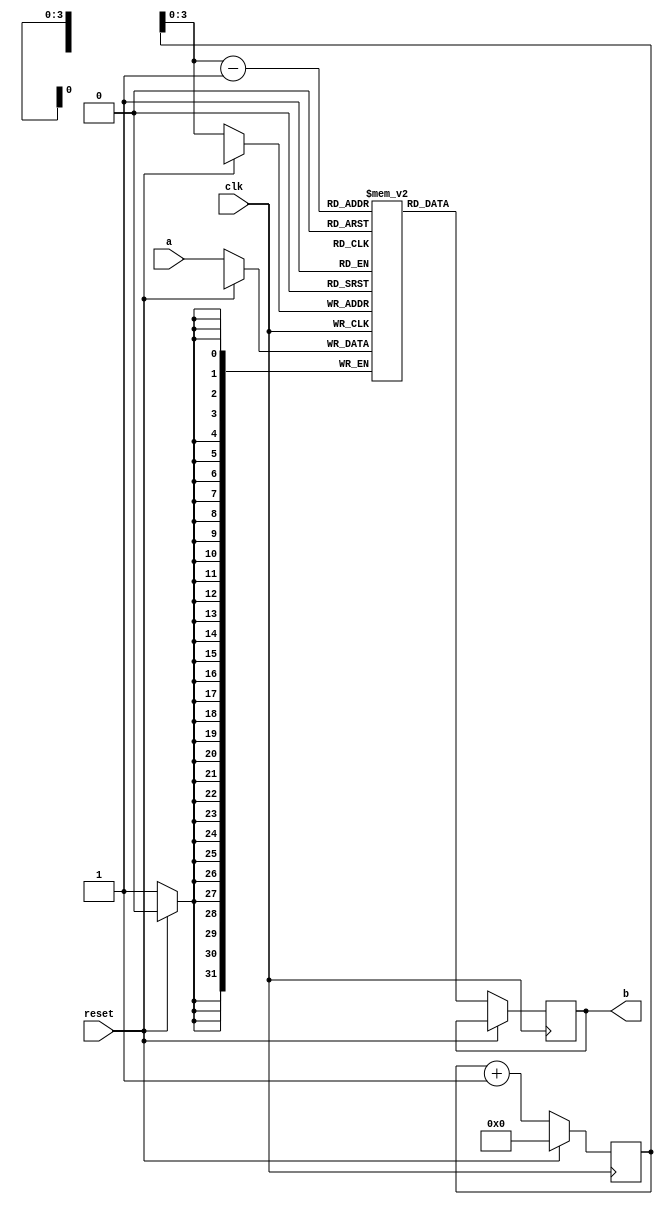
// This program was cloned from: https://github.com/haojunliu/OpenFPGA
// License: BSD 2-Clause "Simplified" License


module inferred_ram (clk,a,b,reset);
	input reset;
	input clk;
	input [31:0] a;
	output [31:0] b;

	reg  [31:0] mregs [8:0];  
	reg [8:0] adr;

	reg [31:0] b;

always @ (posedge clk )
	if (!reset)
	begin
	mregs [adr] <= a;
	b <= mregs [adr-1];
	adr <= adr+1;
	end
	else
	adr <= 8'b00000000;

endmodule